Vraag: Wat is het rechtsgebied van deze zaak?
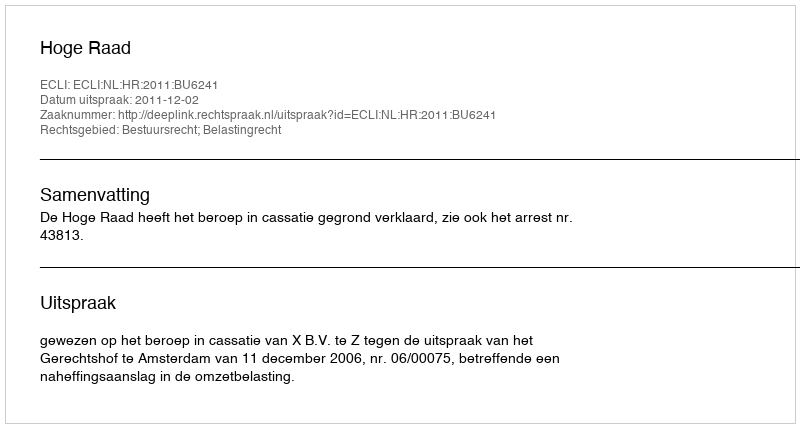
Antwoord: Bestuursrecht; Belastingrecht